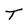
Character: T